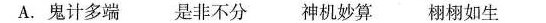
A.鬼计多端是非不分神机妙算栩栩如生